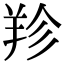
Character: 𦍪